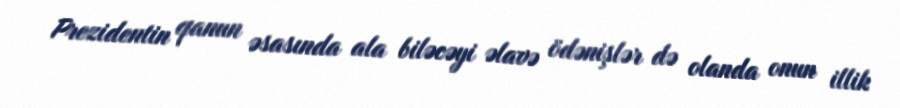
Prezidentin qanun əsasında ala biləcəyi əlavə ödənişlər də olanda onun illik